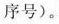
序号)。